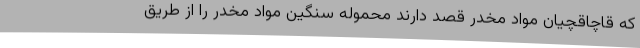
که قاچاقچیان مواد مخدر قصد دارند محموله سنگین مواد مخدر را از طریق